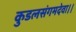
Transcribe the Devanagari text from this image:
कुडलसंगमदेवा।।